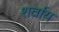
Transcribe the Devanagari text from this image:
शर्वाय